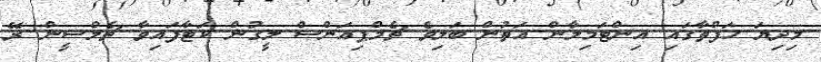
މިދިޔަ ހަފްތާގައި އިންޓަމިލާން އަތުން ބަލިވެ ޗެމްޕިއަންސް ލީގުން ކަޓާފައިވާ ޗެލްސީން ރޭ